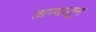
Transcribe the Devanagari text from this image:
ताण्यातून